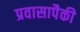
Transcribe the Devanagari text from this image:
प्रवासापैकी